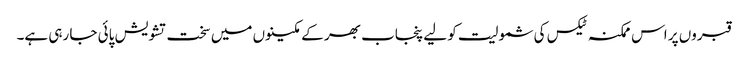
قبروں پر اس ممکنہ ٹیکس کی شمولیت کو لیے پنجاب بھر کے مکینوں میں سخت تشویش پائی جا رہی ہے۔